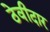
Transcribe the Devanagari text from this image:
ठेवीदार